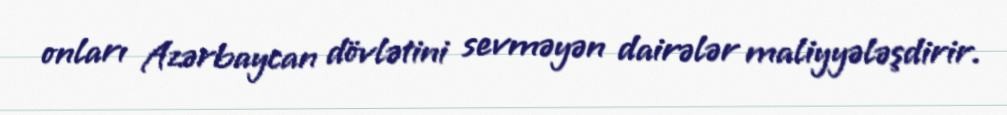
onları Azərbaycan dövlətini sevməyən dairələr maliyyələşdirir.